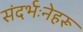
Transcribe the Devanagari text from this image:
संदर्भःनेहरू